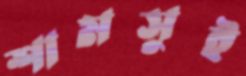
শামসুই